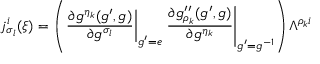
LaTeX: j _ { \sigma _ { l } } ^ { i } ( \xi ) = \left( \left. \frac { \partial g ^ { \eta _ { k } } ( g ^ { \prime } , g ) } { \partial g ^ { \sigma _ { l } } } \right| _ { g ^ { \prime } = e } \left. \frac { \partial g _ { \rho _ { k } } ^ { \prime \prime } ( g ^ { \prime } , g ) } { \partial g ^ { \eta _ { k } } } \right| _ { g ^ { \prime } = g ^ { - 1 } } \right) \Lambda ^ { \rho _ { k } i }